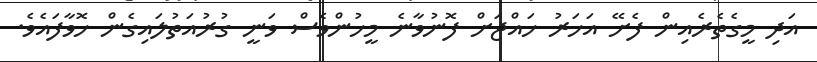
އަދި މީގެތެރެއިން ފެށޭ އަހަރު ހައްޖަށް ފޮނުވާނެ މީހުންވެސް ވަނީ ގުރުއަތުލައިގެން ހޮވާފައެވެ.